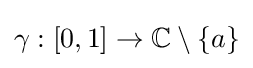
\gamma :[0,1]\to \mathbb {C} \setminus \{a\}